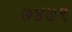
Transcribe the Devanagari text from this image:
७४७९